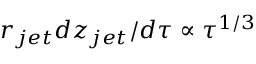
r _ { j e t } d z _ { j e t } / d \tau \propto \tau ^ { 1 / 3 }